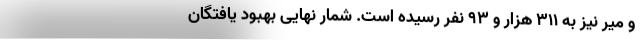
و میر نیز به ۳۱۱ هزار و ۹۳ نفر رسیده است. شمار نهایی بهبود یافتگان